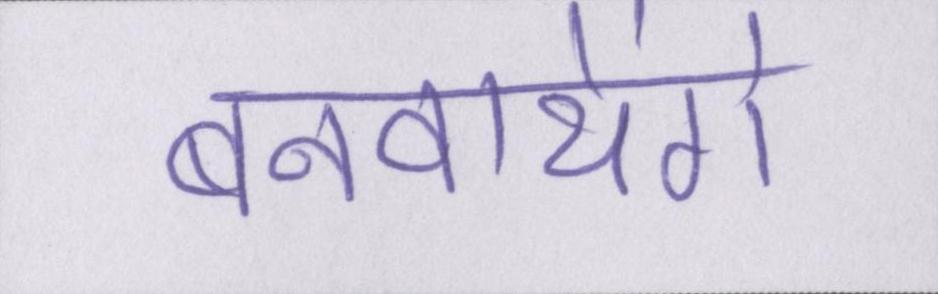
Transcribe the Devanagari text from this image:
बनवायेंगे